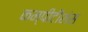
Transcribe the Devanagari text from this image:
कम्पीटीशंस